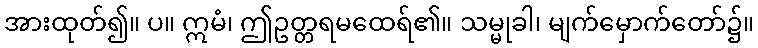
အားထုတ်၍။ ပ။ ဣမံ၊ ဤဥတ္တရမထေရ်၏။ သမ္မုခါ၊ မျက်မှောက်တော်၌။